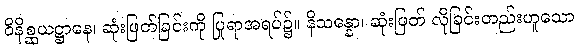
ဝိနိစ္ဆယဋ္ဌာနေ၊ ဆုံးဖြတ်ခြင်းကို ပြုရာအရပ်၌။ နိသန္နော၊ ဆုံးဖြတ် လိုခြင်းတည်းဟူသော